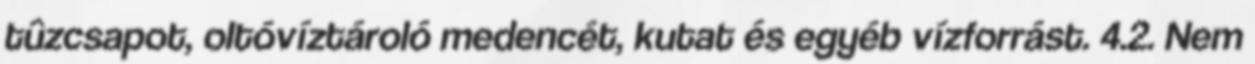
tûzcsapot, oltóvíztároló medencét, kutat és egyéb vízforrást. 4.2. Nem